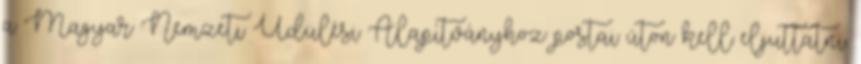
a Magyar Nemzeti Üdülési Alapítványhoz postai úton kell eljuttatni.